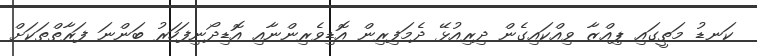
ކަނޑު މަތީގައި ޕިއްޒާ ވިއްކައިގެން ދިރިއުޅޭ ދެމަފިރިން އޮޑިވެރިންނާއި އޮޑިދޯނިފަހަރު ބަންނަ ފަރާތްތަކަށް